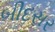
બીદસર